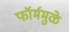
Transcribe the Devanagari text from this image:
फॉर्ममुळे